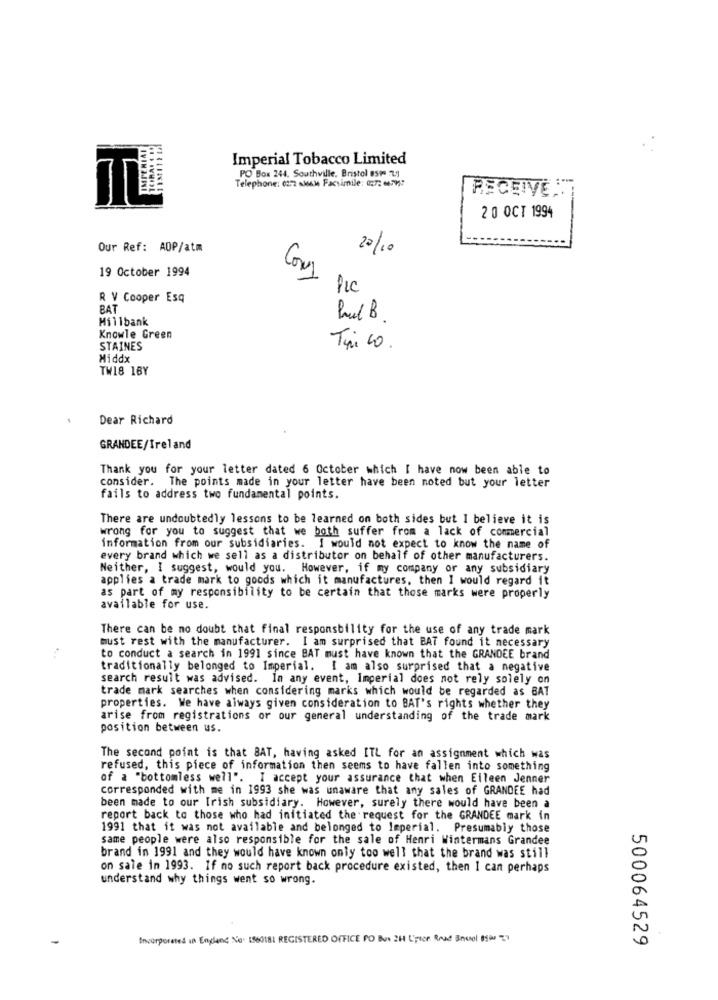
Imperial Tobacco Limited
PO Box 244. Southville, Bristol espe 1j
Telephone: 02:2 skal Facsimile: 027: 679?
2 0 OCT 1994
Our Ref: ADP/atm
20/10
19 October 1994
Cons
Pic
R V Cooper Esq
BAT
Millbank
Knowle Green
STAINES
Tipico .
Middx
TW18 1BY
Dear Richard
GRANDEE/Ireland
Thank you for your letter dated 6 October which I have now been able to
consider. The points made in your letter have been noted but your letter
fails to address two fundamental points.
There are undoubtedly lessons to be learned on both sides but I believe it is
wrong for you to suggest that we both suffer from a lack of commercial
information from our subsidiaries. I would not expect to know the name of
every brand which we sell as a distributor on behalf of other manufacturers.
Neither, I suggest, would you. However, if my company or any subsidiary
applies a trade mark to goods which it manufactures, then I would regard it
as part of my responsibility to be certain that those marks were properly
available for use.
There can be no doubt that final responsbility for the use of any trade mark
must rest with the manufacturer. I am surprised that BAT found it necessary
to conduct a search in 1991 since BAT must have known that the GRANDEE brand
traditionally belonged to Imperial. I am also surprised that a negative
search result was advised. In any event, Imperial does not rely solely on
trade mark searches when considering marks which would be regarded as BAT
properties. We have always given consideration to BAT's rights whether they
arise from registrations or our general understanding of the trade mark
position between us.
The second point is that BAT, having asked ITL for an assignment which was
refused, this piece of information then seems to have fallen into something
of a "bottomless well". I accept your assurance that when Eileen Jenner
corresponded with me in 1993 she was unaware that any sales of GRANDEE had
been made to our Irish subsidiary. However, surely there would have been a
report back to those who had initiated the request for the GRANDEE mark in
1991 that it was not available and belonged to Imperial. Presumably those
same people were also responsible for the sale of Henri Wintermans Grandee
brand in 1991 and they would have known only too well that the brand was still
on sale in 1993. 1f no such report back procedure existed, then I can perhaps
understand why things went so wrong.
Incorporated in England No. 1860181 REGISTERED OFFICE PO Box 2H Upper Road Enuol 0900 27
500064529